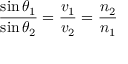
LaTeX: { \frac { \sin \theta _ { 1 } } { \sin \theta _ { 2 } } } = { \frac { v _ { 1 } } { v _ { 2 } } } = { \frac { n _ { 2 } } { n _ { 1 } } }